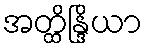
အတ္ထိန္ဒြိယာ